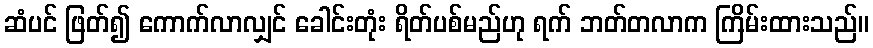
ဆံပင် ဖြတ်၍ ကောက်လာလျှင် ခေါင်းတုံး ရိတ်ပစ်မည်ဟု ရက် ဘတ်တလာက ကြိမ်းထားသည်။